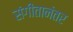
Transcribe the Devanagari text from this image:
संगीतानंतर